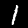
Label: 1